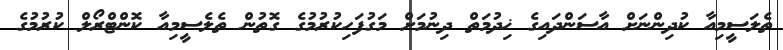
ތެލަސީމިއާ ކުދިންނަށް އާސަންދައިގެ ޚިދުމަތް ދިނުމަށް މަގުފަހިކުރުމުގެ ގޮތުން ތެލެސީމިއާ ކޮންޓްރޯލް ކުރުމުގެ